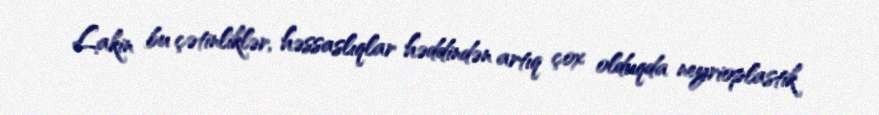
Lakin bu çətinliklər, həssaslıqlar həddindən artıq çox olduqda neyrioplastik